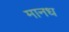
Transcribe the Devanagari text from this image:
मानध